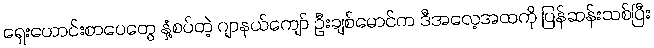
ရှေးဟောင်းစာပေတွေ နှံ့စပ်တဲ့ ဂျာနယ်ကျော် ဦးချစ်မောင်က ဒီအလေ့အထကို ပြန်ဆန်းသစ်ပြီး